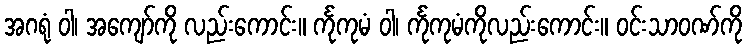
အဂရုံ ဝါ၊ အကျော်ကို လည်းကောင်း။ င်္ကုကုမံ ဝါ၊ င်္ကုကုမံကိုလည်းကောင်း။ ဝင်းသာဝဏ်ကို